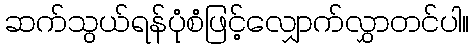
ဆက်သွယ်ရန်ပုံစံဖြင့်လျှောက်လွှာတင်ပါ။